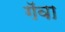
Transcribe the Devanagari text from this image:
गॅवा